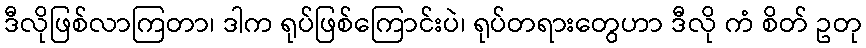
ဒီလိုဖြစ်လာကြတာ၊ ဒါက ရုပ်ဖြစ်ကြောင်းပဲ၊ ရုပ်တရားတွေဟာ ဒီလို ကံ စိတ် ဥတု